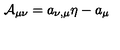
{ \cal A } _ { \mu \nu } = { a } _ { \nu , \mu } \eta - { a } _ { \mu }